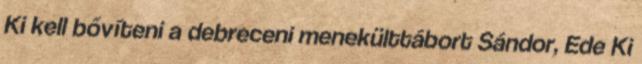
Ki kell bővíteni a debreceni menekülttábort Sándor, Ede Ki